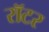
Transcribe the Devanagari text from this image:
रॉटर